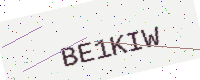
Text: BE1KIW